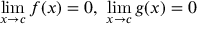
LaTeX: \operatorname* { l i m } _ { x \to c } f ( x ) = 0 , \ \operatorname* { l i m } _ { x \to c } g ( x ) = 0